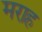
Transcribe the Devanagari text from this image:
मराह